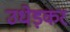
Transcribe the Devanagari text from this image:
उधेड़कर